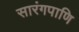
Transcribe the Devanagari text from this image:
सारंगपाणि